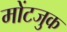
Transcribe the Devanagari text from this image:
मोंटजुक